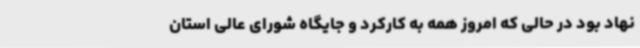
نهاد بود در حالی که امروز همه به کارکرد و جایگاه شورای عالی استان